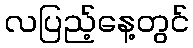
လပြည့်နေ့တွင်